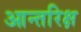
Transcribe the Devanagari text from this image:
आन्तरिक्ष